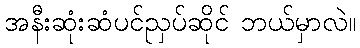
အနီးဆုံးဆံပင်ညှပ်ဆိုင် ဘယ်မှာလဲ။